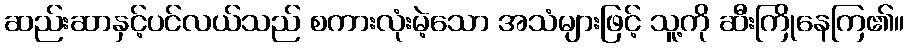
ဆည်းဆာနှင့်ပင်လယ်သည် စကားလုံးမဲ့သော အသံများဖြင့် သူ့ကို ဆီးကြိုနေကြ၏။